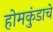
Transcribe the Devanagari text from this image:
होमकुंडाचे